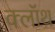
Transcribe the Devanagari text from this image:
क्‍लॉथ